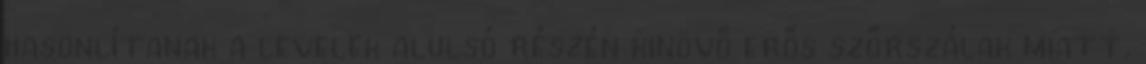
hasonlítanak a levelek alulsó részén kinövő erős szőrszálak miatt.